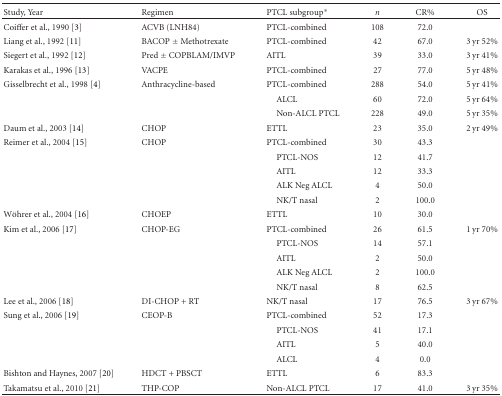
| Study, Year | Regimen | PTCL subgroup* | n | CR% | OS |
 | --- | --- | --- | --- | --- | --- |
 | Coiffer et al., 1990 [3] | ACVB (LNH84) | PTCL-combined | 108 | 72.0 |  |
 | Liang et al., 1992 [11] | BACOP ± Methotrexate | PTCL-combined | 42 | 67.0 | 3 yr 52% |
 | Siegert et al., 1992 [12] | Pred ± COPBLAM/IMVP | AITL | 39 | 33.0 | 3 yr 41% |
 | Karakas et al., 1996 [13] | VACPE | PTCL-combined | 27 | 77.0 | 5 yr 48% |
 | Gisselbrecht et al., 1998 [4] | Anthracycline-based | PTCL-combined | 288 | 54.0 | 5 yr 41% |
 |  |  | ALCL | 60 | 72.0 | 5 yr 64% |
 |  |  | Non-ALCL PTCL | 228 | 49.0 | 5 yr 35% |
 | Daum et al., 2003 [14] | CHOP | ETTL | 23 | 35.0 | 2 yr 49% |
 | Reimer et al., 2004 [15] | CHOP | PTCL-combined | 30 | 43.3 |  |
 |  |  | PTCL-NOS | 12 | 41.7 |  |
 |  |  | AITL | 12 | 33.3 |  |
 |  |  | ALK Neg ALCL | 4 | 50.0 |  |
 |  |  | NK/T nasal | 2 | 100.0 |  |
 | Wöhrer et al., 2004 [16] | CHOEP | ETTL | 10 | 30.0 |  |
 | Kim et al., 2006 [17] | CHOP-EG | PTCL-combined | 26 | 61.5 | 1 yr 70% |
 |  |  | PTCL-NOS | 14 | 57.1 |  |
 |  |  | AITL | 2 | 50.0 |  |
 |  |  | ALK Neg ALCL | 2 | 100.0 |  |
 |  |  | NK/T nasal | 8 | 62.5 |  |
 | Lee et al., 2006 [18] | DI-CHOP + RT | NK/T nasal | 17 | 76.5 | 3 yr 67% |
 | Sung et al., 2006 [19] | CEOP-B | PTCL-combined | 52 | 17.3 |  |
 |  |  | PTCL-NOS | 41 | 17.1 |  |
 |  |  | AITL | 5 | 40.0 |  |
 |  |  | ALCL | 4 | 0.0 |  |
 | Bishton and Haynes, 2007 [20] | HDCT + PBSCT | ETTL | 6 | 83.3 |  |
 | Takamatsu et al., 2010 [21] | THP-COP | Non-ALCL PTCL | 17 | 41.0 | 3 yr 35% |